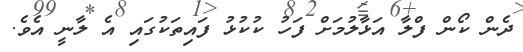
ދެން ކޯން ފްލާ އަޅާލުމަށް ފަހު ކުކުޅު ފައިތަކުގައި އެ ލާނީ އެވެ.